65_HS1-834228961_62-HQ-83894_Section_2
Agency: FBI
Page 32
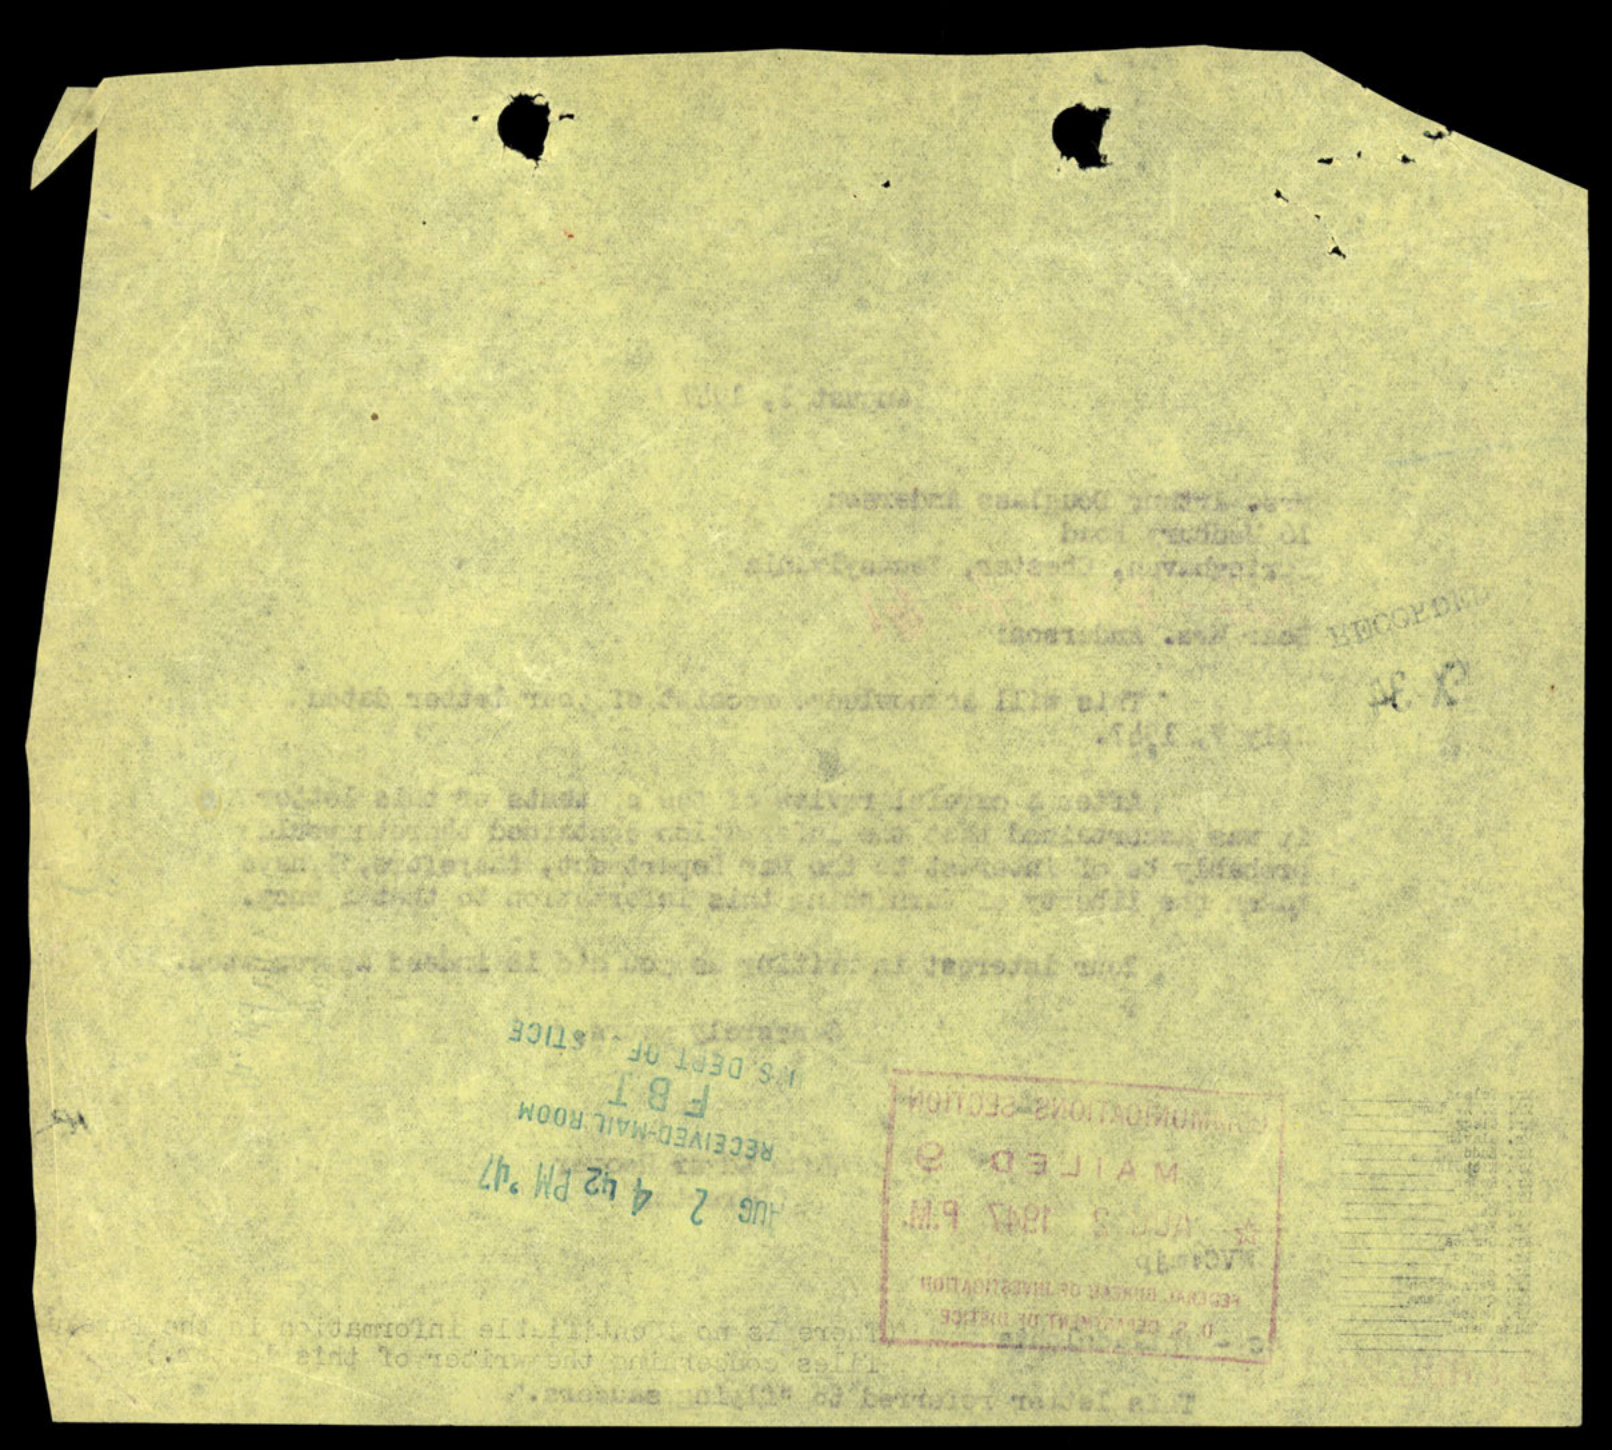